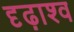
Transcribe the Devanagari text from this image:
दृढ़ाश्व